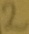
Text: 2